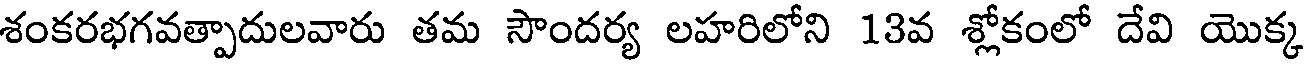
శంకరభగవత్పాదులవారు తమ సౌందర్య లహరిలోని 13వ శ్లోకంలో దేవి యొక్క